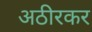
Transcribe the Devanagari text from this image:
अठीरकर